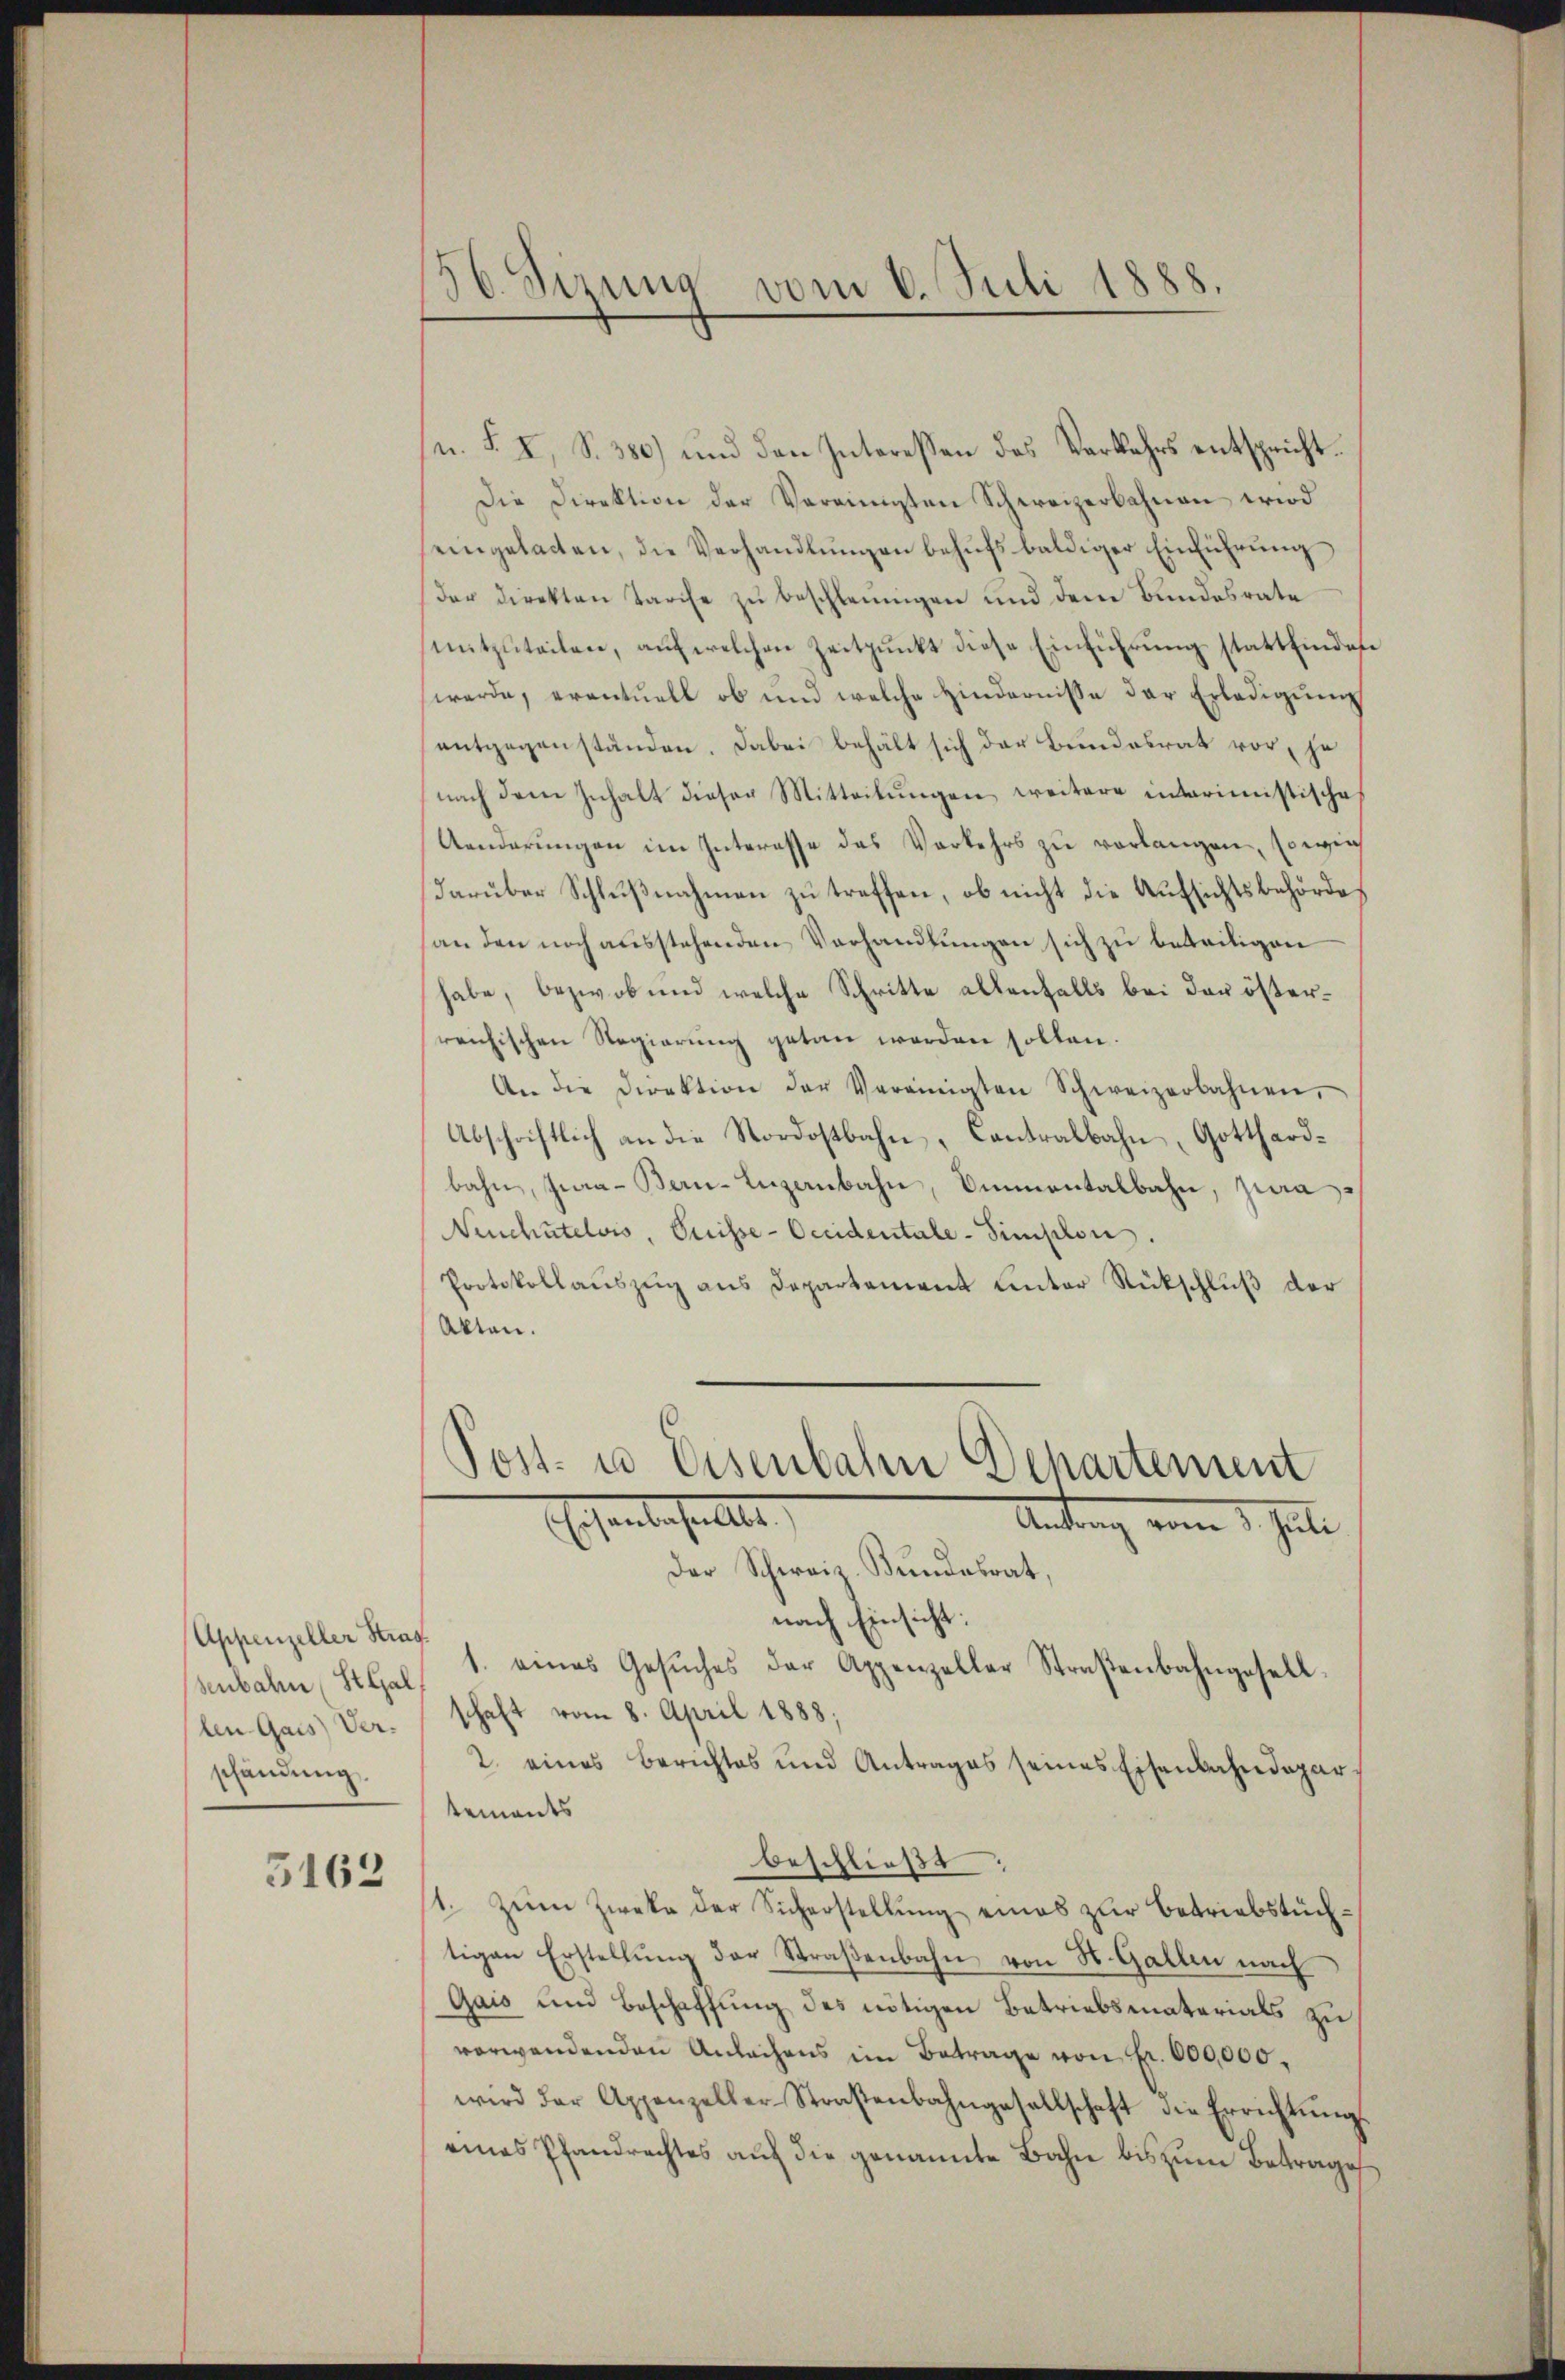
Appenzeller Stras
len Gais Verschändung.

5162

156. Sirung vom 6. Juli 1888.

u. S. I, S. 380) und den Interessen des Verkehrs entspricht.
Die Direktion der Vereinigten Schweizerbahnen wird
seingelasten, die Verhandlŭngen behŭfs baldiger Einführung
der Direkten Tarife zŭ beschleunigen und dem Bundesrate
mitzuteilen, auf welchen Zeitpunkt diese Einführung stattfindese
werde, eventuell ob und welche Hindernisse der Erledigung
entgegenständen. Dabei behält sich der Bundesrat vor, je
nach dem Inhalt dieser Mitteilŭngen weitere interimistische
Aenderŭngen im Interasse das Verkehrs zu verlangen, sowie
darüber Schlußnahmen zu treffen, ob nicht die Aufsichtsbehörde
an den noch ausstehenden Verhandlungen sich zu beteiligen
habe, bezwob und welche Schritte allenfalls bei der österreichischen Regierung getan werden sollen.
An die Direktion der Vereinigten Schweizerbahnen.
Abschriftlich an die Nordostbahn-Contralbahn, Gotthardbahn, Jea-Ben-Lizenbahn, Emmentalbahn, jura
Neuchâtelois, Puisse-Occidentale - Simplon.
Protokollauszug aus Departement unter Rückschluß der
Akten.
Post- u Eisenbahn Departement
Eisenbestellte
Antrag vom 1. Juli
Der Schweiz. Bundesrat,
nach Einsicht:
senbahn, StGal 1. eines Gesŭches der Appenzeller Straβenbahngesell
schaft vom 8. April 1888;
2. eines Berichtes und Antrages seines Eisenbahndepartements
beschließt:
1. Zum Zweke der Sicherstellŭng eines zur Betriebstüchtigen Erstellŭng der Straβenbahn von St. Gallen nach
Gais und Beschaffung des nötigen Betriebsmaterials zu
verwendenden Anlachens im Betrage von Fr. 600,000.
wird der Appenzeller-Straßenbahngesellschaft die Errichtungs
eines Pfandrechtes auf die genannte Bahn bis zum Betrage